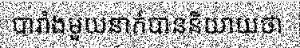
បារាំងមួយនាក់បាននិយាយថា